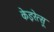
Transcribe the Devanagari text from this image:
केइरेत्सू